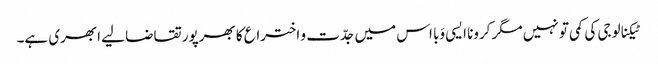
ٹیکنالوجی کی کمی تو نہیں مگر کرونا ایسی وَبا اس میں جدّت و اختراع کا بھرپور تقاضا لیے ابھری ہے۔